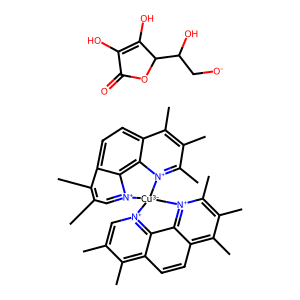
SMILES: Cc1c[n+]2c3c(ccc4c(C)c(C)c(C)[n+](c43)[Cu-3]23[n+]2cc(C)c(C)c4ccc5c(C)c(C)c(C)[n+]3c5c42)c1C.O=C1OC(C(O)C[O-])C(O)=C1O
Inhibits HIV replication: No